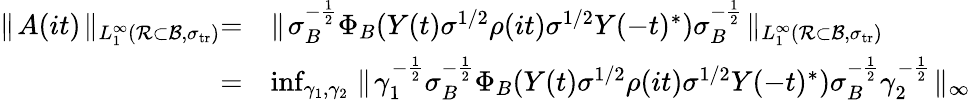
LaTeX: \begin{array}{rl}{\parallel\! A(it)\! \parallel_{L_{1}^{\infty}({\mathcal R}\subset{\mathcal{B}},\sigma_{{\mathrm{tr}}})}=}&{\parallel\! \sigma_{B}^{-\frac{1}{2}}\Phi_{B}(Y(t)\sigma^{1/2}\rho(it)\sigma^{1/2}Y(-t)^{*})\sigma_{B}^{-\frac{1}{2}}\! \parallel_{L_{1}^{\infty}({\mathcal R}\subset{\mathcal{B}},\sigma_{{\mathrm{tr}}})}}\\ {=}&{\operatorname*{inf}_{\gamma_{1},\gamma_{2}}\parallel\! \gamma_{1}^{-\frac{1}{2}}\sigma_{B}^{-\frac{1}{2}}\Phi_{B}(Y(t)\sigma^{1/2}\rho(it)\sigma^{1/2}Y(-t)^{*})\sigma_{B}^{-\frac{1}{2}}\gamma_{2}^{-\frac{1}{2}}\! \parallel_{\infty}}\end{array}